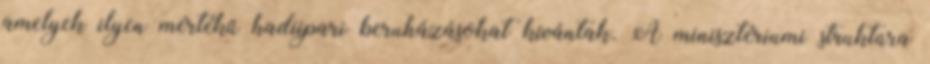
amelyek ilyen mértékű hadiipari beruházásokat kívántak. A minisztériumi struktúra